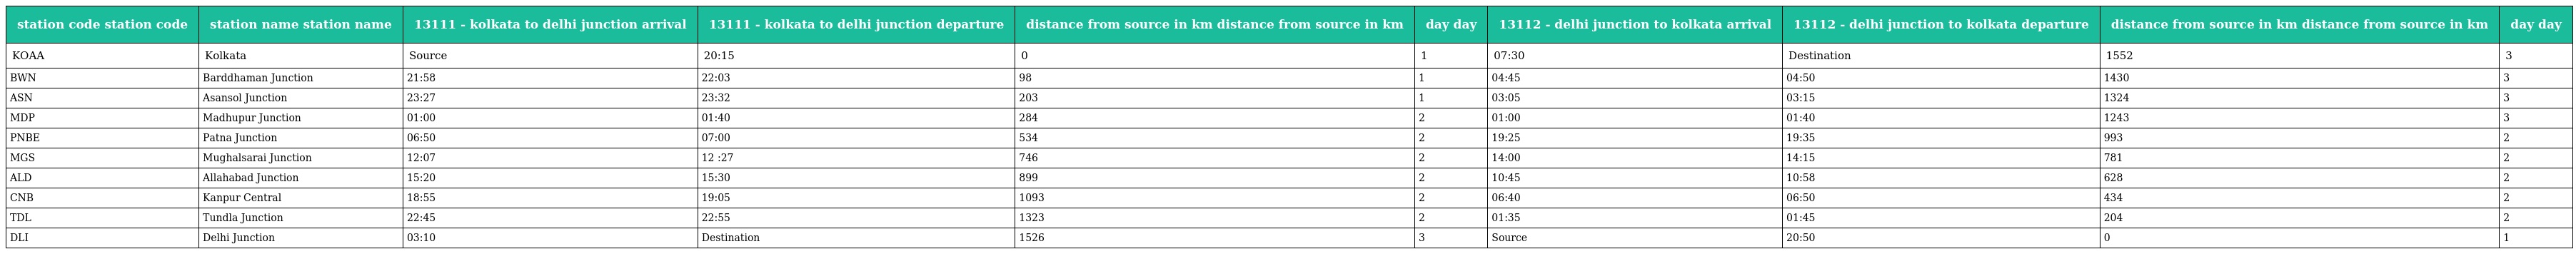
| station code station code | station name station name | 13111 - kolkata to delhi junction arrival | 13111 - kolkata to delhi junction departure | distance from source in km distance from source in km | day day | 13112 - delhi junction to kolkata arrival | 13112 - delhi junction to kolkata departure | distance from source in km distance from source in km | day day |
 | --- | --- | --- | --- | --- | --- | --- | --- | --- | --- |
 | KOAA | Kolkata | Source | 20:15 | 0 | 1 | 07:30 | Destination | 1552 | 3 |
 | BWN | Barddhaman Junction | 21:58 | 22:03 | 98 | 1 | 04:45 | 04:50 | 1430 | 3 |
 | ASN | Asansol Junction | 23:27 | 23:32 | 203 | 1 | 03:05 | 03:15 | 1324 | 3 |
 | MDP | Madhupur Junction | 01:00 | 01:40 | 284 | 2 | 01:00 | 01:40 | 1243 | 3 |
 | PNBE | Patna Junction | 06:50 | 07:00 | 534 | 2 | 19:25 | 19:35 | 993 | 2 |
 | MGS | Mughalsarai Junction | 12:07 | 12 :27 | 746 | 2 | 14:00 | 14:15 | 781 | 2 |
 | ALD | Allahabad Junction | 15:20 | 15:30 | 899 | 2 | 10:45 | 10:58 | 628 | 2 |
 | CNB | Kanpur Central | 18:55 | 19:05 | 1093 | 2 | 06:40 | 06:50 | 434 | 2 |
 | TDL | Tundla Junction | 22:45 | 22:55 | 1323 | 2 | 01:35 | 01:45 | 204 | 2 |
 | DLI | Delhi Junction | 03:10 | Destination | 1526 | 3 | Source | 20:50 | 0 | 1 |